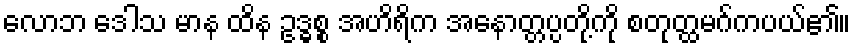
လောဘ ဒေါသ မာန ထိန ဥဒ္ဓစ္စ အဟိရိက အနောတ္တပ္ပတို့ကို စတုတ္ထမဂ်ကပယ်၏။